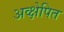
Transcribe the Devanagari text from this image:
अव्क्षेपित